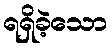
ရရှိခဲ့သော